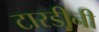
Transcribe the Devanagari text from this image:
टारडीनी